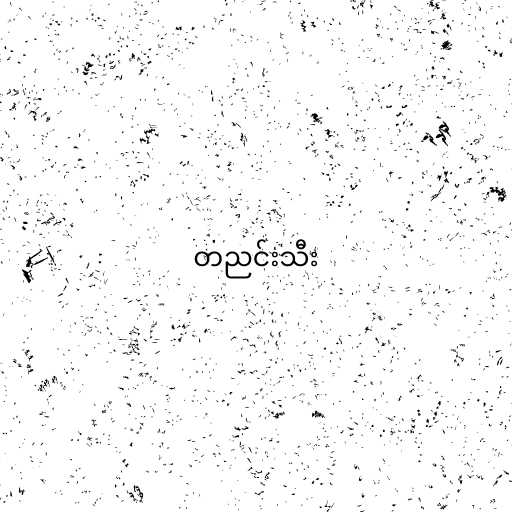
တညင်းသီး